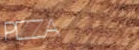
PIZZA